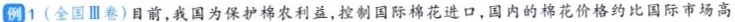
例1 (全国Ⅲ卷)目前，我国为保护棉农利益，控制国际棉花进口，国内的棉花价格约比国际市场高